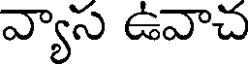
వ్యాస ఉవాచ